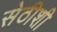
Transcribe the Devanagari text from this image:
सेठीशी